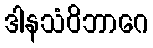
ဒါနသံဝိဘာဂေ